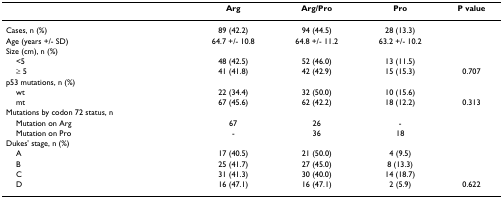
<table><thead><tr><td></td><td><b>Arg</b></td><td><b>Arg/Pro</b></td><td><b>Pro</b></td><td><b>P value</b></td></tr></thead><tbody><tr><td>Cases, n (%)</td><td>89 (42.2)</td><td>94 (44.5)</td><td>28 (13.3)</td><td></td></tr><tr><td>Age (years +/- SD)</td><td>64.7 +/- 10.8</td><td>64.8 +/- 11.2</td><td>63.2 +/- 10.2</td><td></td></tr><tr><td>Size (cm), n (%)</td><td></td><td></td><td></td><td></td></tr><tr><td> &lt;5</td><td>48 (42.5)</td><td>52 (46.0)</td><td>13 (11.5)</td><td></td></tr><tr><td> ≥ 5</td><td>41 (41.8)</td><td>42 (42.9)</td><td>15 (15.3)</td><td>0.707</td></tr><tr><td>p53 mutations, n (%)</td><td></td><td></td><td></td><td></td></tr><tr><td> wt</td><td>22 (34.4)</td><td>32 (50.0)</td><td>10 (15.6)</td><td></td></tr><tr><td> mt</td><td>67 (45.6)</td><td>62 (42.2)</td><td>18 (12.2)</td><td>0.313</td></tr><tr><td>Mutations by codon 72 status, n</td><td></td><td></td><td></td><td></td></tr><tr><td> Mutation on Arg</td><td>67</td><td>26</td><td>-</td><td></td></tr><tr><td> Mutation on Pro</td><td>-</td><td>36</td><td>18</td><td></td></tr><tr><td>Dukes&#x27; stage, n (%)</td><td></td><td></td><td></td><td></td></tr><tr><td> A</td><td>17 (40.5)</td><td>21 (50.0)</td><td>4 (9.5)</td><td></td></tr><tr><td> B</td><td>25 (41.7)</td><td>27 (45.0)</td><td>8 (13.3)</td><td></td></tr><tr><td> C</td><td>31 (41.3)</td><td>30 (40.0)</td><td>14 (18.7)</td><td></td></tr><tr><td> D</td><td>16 (47.1)</td><td>16 (47.1)</td><td>2 (5.9)</td><td>0.622</td></tr></tbody></table>